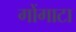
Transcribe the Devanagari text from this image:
गोंगाटा